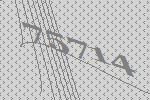
75714